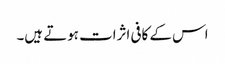
اس کے کافی اثرات ہوتے ہیں۔